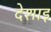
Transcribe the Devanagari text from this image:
देशाइ